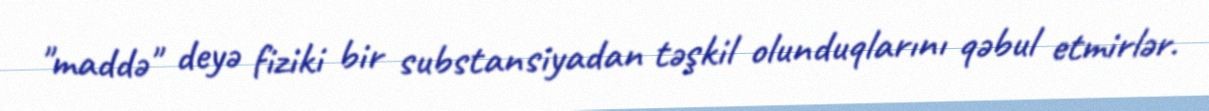
"maddə" deyə fiziki bir substansiyadan təşkil olunduqlarını qəbul etmirlər.